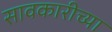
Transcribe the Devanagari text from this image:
सावकारीच्या